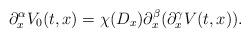
LaTeX: \begin{align*}\partial^\alpha_x V_0(t,x)=\chi(D_x)\partial^\beta_x(\partial^\gamma_x V(t,x)).\end{align*}